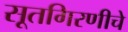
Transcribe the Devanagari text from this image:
सूतगिरणीचे